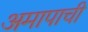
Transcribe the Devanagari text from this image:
अमापाची